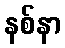
နစ်နာ